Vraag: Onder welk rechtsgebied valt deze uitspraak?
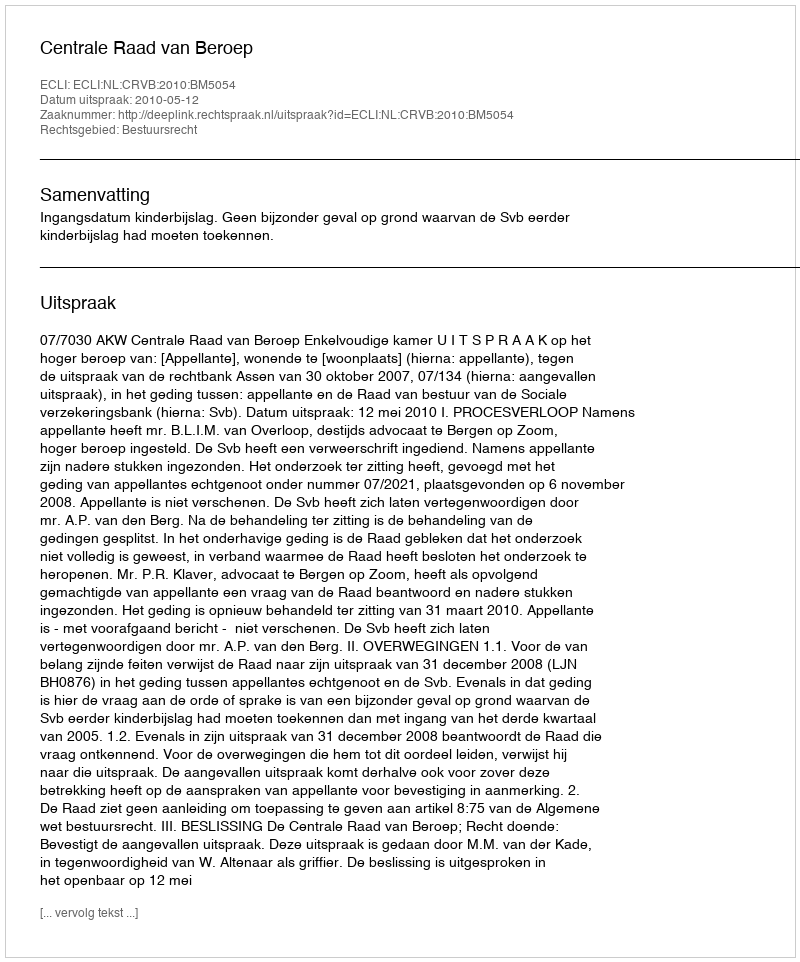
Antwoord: Bestuursrecht